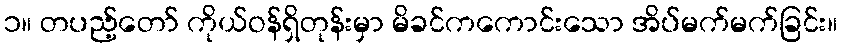
၁။ တပည့်တော် ကိုယ်ဝန်ရှိတုန်းမှာ မိခင်ကကောင်းသော အိပ်မက်မက်ခြင်း။